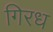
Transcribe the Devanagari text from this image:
गिरध